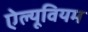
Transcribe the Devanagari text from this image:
ऐल्यूवियम